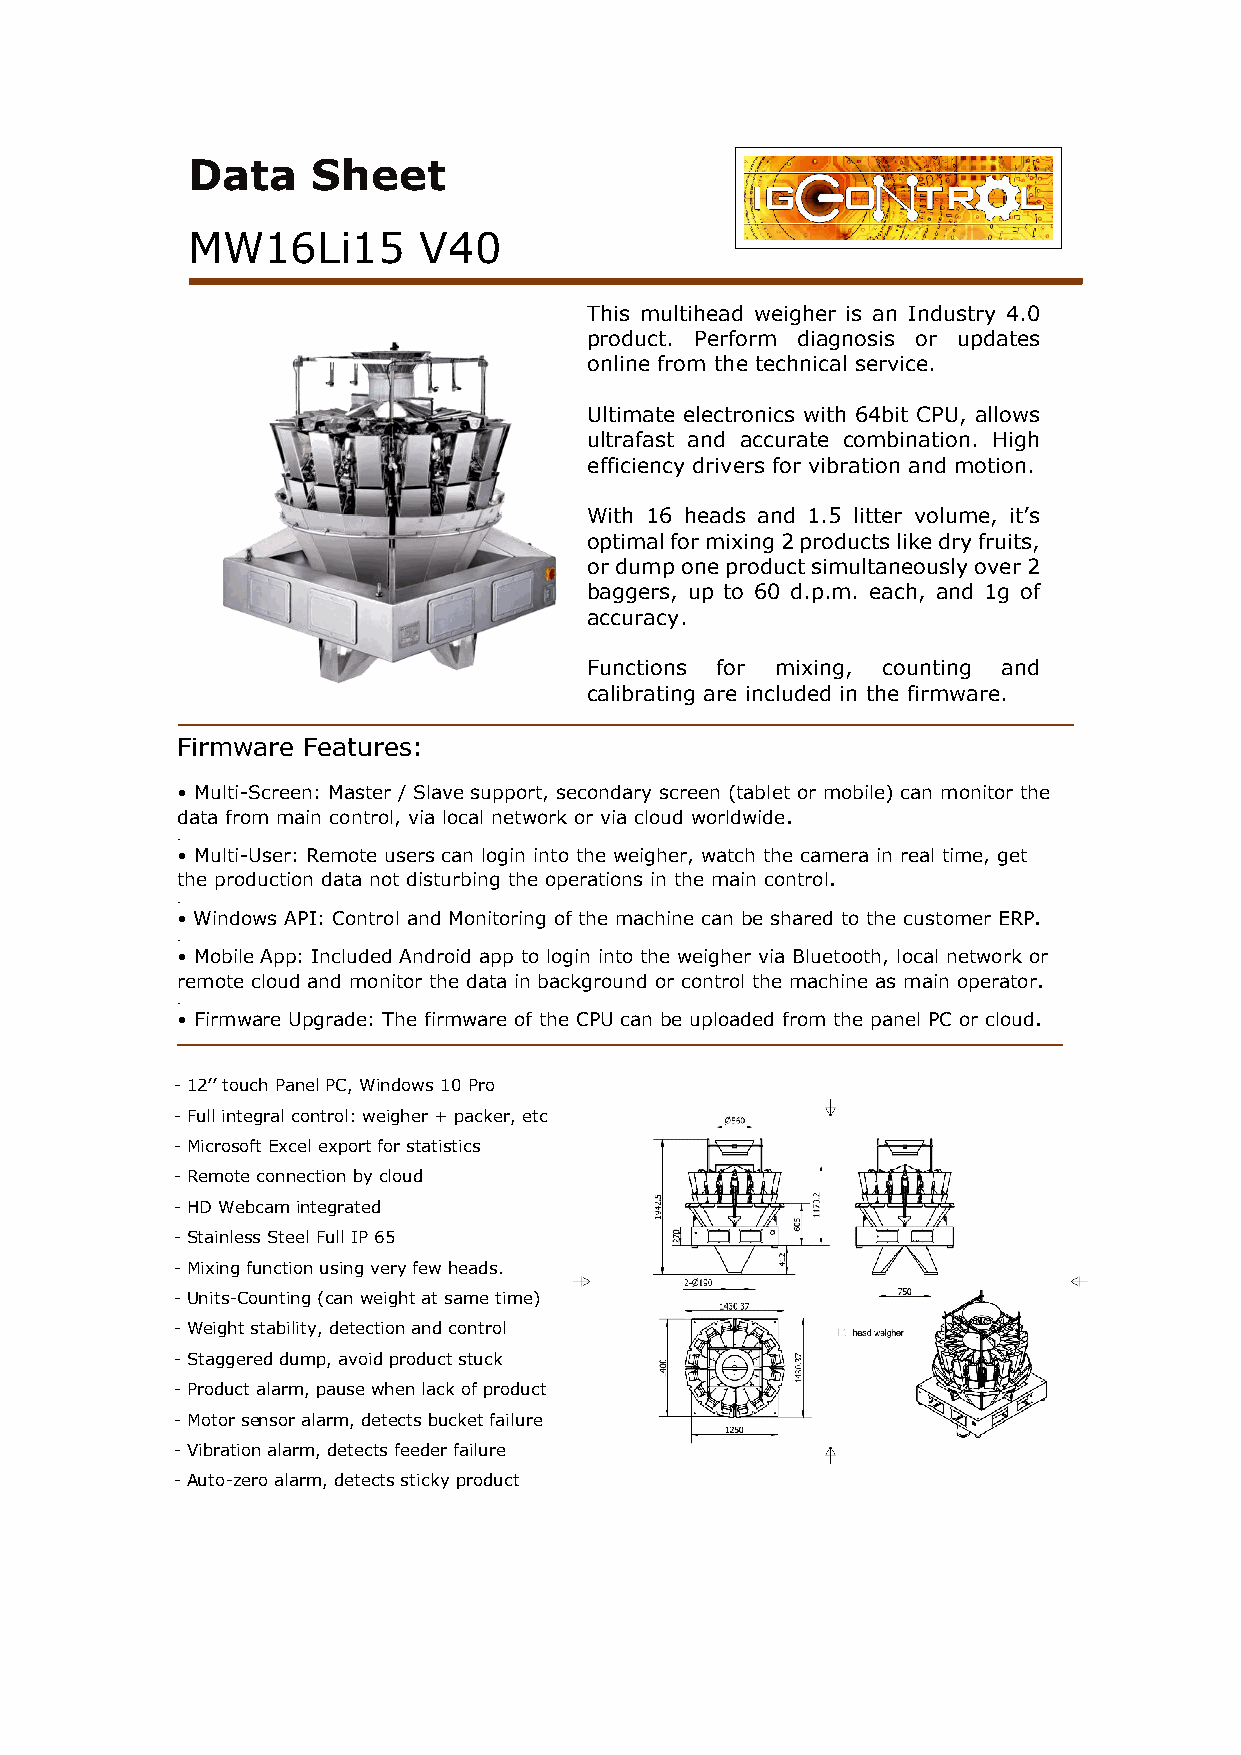
Data     Sheet
 MW16Li15        V40
 This multihead weigher is an Industry 4.0
 product. Perform diagnosis or updates
 online from the technical service.
 Ultimate electronics with 64bit CPU, allows
 ultrafast and accurate combination. High
 efficiency drivers for vibration and motion.
 With 16 heads and 1.5 litter volume, it’s
 optimal for mixing 2 products like dry fruits,
 or dump one product simultaneously over 2
 baggers, up to 60 d.p.m. each, and 1g of
 accuracy.
 Functions for mixing, counting and
 calibrating are included in the firmware.
 Firmware Features:
 • Multi-Screen: Master / Slave support, secondary screen (tablet or mobile) can monitor the
 data from main control, via local network or via cloud worldwide.
 .
 • Multi-User: Remote users can login into the weigher, watch the camera in real time, get
 the production data not disturbing the operations in the main control.
 .
 • Windows API: Control and Monitoring of the machine can be shared to the customer ERP.
 .
 • Mobile App: Included Android app to login into the weigher via Bluetooth, local network or
 remote cloud and monitor the data in background or control the machine as main operator.
 .
 • Firmware Upgrade: The firmware of the CPU can be uploaded from the panel PC or cloud.
 - 12’’ touch Panel PC, Windows 10 Pro
 - Full integral control: weigher + packer, etc
 - Microsoft Excel export for statistics
 - Remote connection by cloud
 - HD Webcam integrated
 - Stainless Steel Full IP 65
 - Mixing function using very few heads.
 - Units-Counting (can weight at same time)
 - Weight stability, detection and control
 - Staggered dump, avoid product stuck
 - Product alarm, pause when lack of product
 - Motor sensor alarm, detects bucket failure
 - Vibration alarm, detects feeder failure
 - Auto-zero alarm, detects sticky product